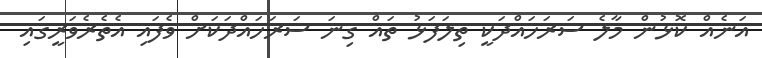
އަނެއް ކޮޅުން މާލެ ސަރަހައްދަކީ ތިލަފަޅު ތައް ގިނަ ސަރަހައްދަކަށް ވެފައި އެތެރެވަރީގައި